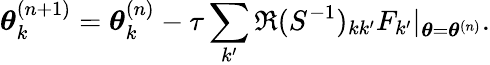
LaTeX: {\boldsymbol\theta}_{k}^{(n+1)}={\boldsymbol\theta}_{k}^{(n)}-\tau\sum_{k^{\prime}}\Re(S^{-1})_{kk^{\prime}}F_{k^{\prime}}|_{{\boldsymbol\theta}={\boldsymbol\theta}^{(n)}}.